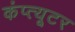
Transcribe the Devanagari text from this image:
कंप्त्यूटर